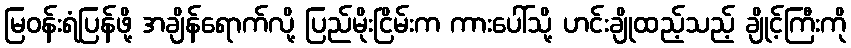
မြဝန်းရံပြန်ဖို့ အချိန်ရောက်လို့ ပြည်မိုးငြိမ်းက ကားပေါ်သို့ ဟင်းချိုထည့်သည့် ချိုင့်ကြီးကို